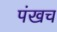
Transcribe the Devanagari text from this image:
पंखच